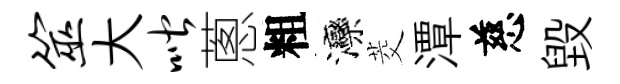
筮大喈蔥粗灤茭潭慈毁